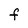
Character: F